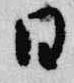
日